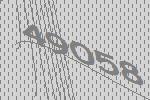
49058